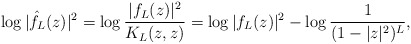
\begin{align*}\log |\hat f_L(z)|^2=\log\frac{|f_L(z)|^2}{K_L(z,z)}& =\log|f_L(z)|^2-\log \frac{1}{(1-|z|^2)^{L}},\end{align*}